Scientific memoirs by medical officers of the Army of India - Part VI,
Year: 1891
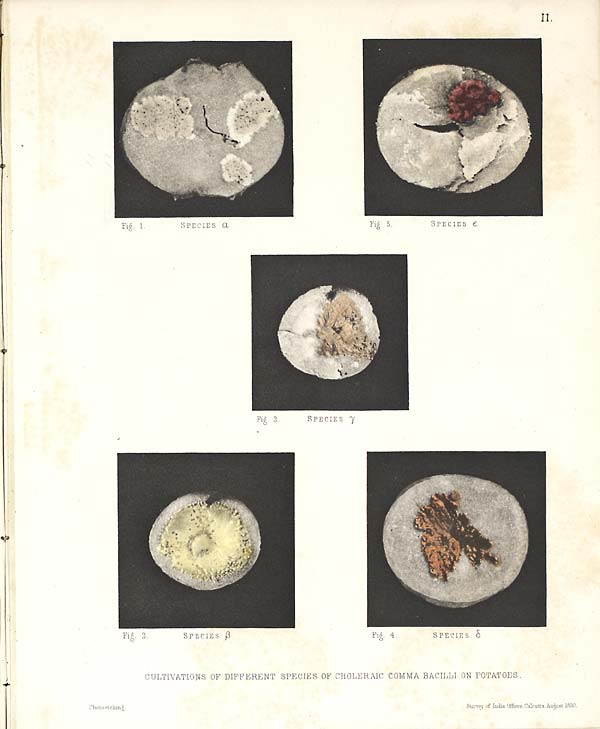
CULTIVATIONS OF DIFFERENT SPECIES OF CHOLERAIC COMMA BACILLI ON POTATOES.
Photo-etching Survey of India Offices, Calcutta, August 1890.